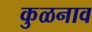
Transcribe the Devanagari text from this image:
कुळनाव